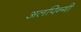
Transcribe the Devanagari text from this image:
अलपिन्गी